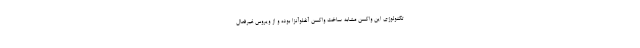
تکنولوژی این واکسن مشابه ساخت واکسن آنفلوآنزا بوده و از ویروس غیرفعال